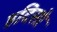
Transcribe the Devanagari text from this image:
हदिसो